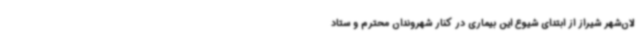
لان‌شهر شیراز از ابتدای شیوع این بیماری در کنار شهروندان محترم و ستاد